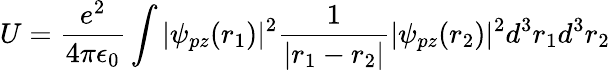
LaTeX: U=\frac{e^{2}}{4\pi\epsilon_{0}}\int|\psi_{pz}(r_{1})|^{2}\frac{1}{|r_{1}-r_{2}|}|\psi_{pz}(r_{2})|^{2}d^{3}r_{1}d^{3}r_{2}